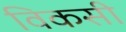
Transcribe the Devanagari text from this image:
विकसी